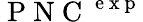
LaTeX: \mathrm{~P~N~C~}^{\mathrm{~e~x~p~}}